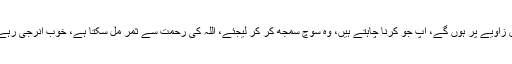
24فروری کو سیارہ شمس اور مریخ موافق زاویے پر ہوں گے، آپ جو کرنا چاہتے ہیں، وہ سوچ سمجھ کر کر لیجئے، اللہ کی رحمت سے ثمر مل سکتا ہے، خوب انرجی رہے گی، نتائج اچھے نکلنے کے امکانات ہیں۔